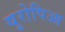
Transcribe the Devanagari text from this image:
युरोपिआ